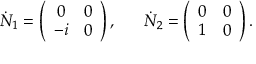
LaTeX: \dot { N } _ { 1 } = \left( \begin{array} { c c } { { 0 } } & { { 0 } } \\ { { - i } } & { { 0 } } \end{array} \right) , ~ ~ ~ ~ ~ \dot { N } _ { 2 } = \left( \begin{array} { c c } { { 0 } } & { { 0 } } \\ { { 1 } } & { { 0 } } \end{array} \right) .